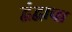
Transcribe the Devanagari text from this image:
द्वंद्वाचा